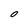
Character: o